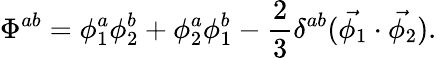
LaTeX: \Phi^{ab}=\phi_{1}^{a}\phi_{2}^{b}+\phi_{2}^{a}\phi_{1}^{b}-\frac{2}{3}\delta^{ab}(\vec{\phi_{1}}\cdot\vec{\phi_{2}}).